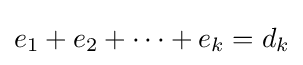
e_{1}+e_{2}+\dots +e_{k}=d_{k}